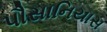
પૌસાનિયાસ